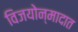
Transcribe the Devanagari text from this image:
विजयोन्मादात